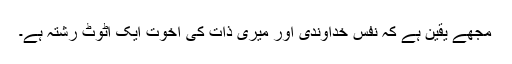
مجھے یقین ہے کہ نفسِ خداوندی اور میری ذات کی اخوت ایک اٹوٹ رشتہ ہے۔